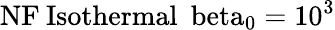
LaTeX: \mathrm{{NF}\: \mathrm{{Isothermal}\: \ beta_{0}=10^{3}}}